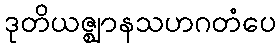
ဒုတိယဇ္ဈာနသဟဂတံပေ